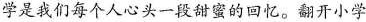
学是我们每个人心头一段甜蜜的回忆。翻开小学